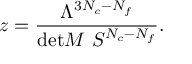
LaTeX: z = \frac { \Lambda ^ { 3 N _ { c } - N _ { f } } } { \mathrm { d e t } M \ S ^ { N _ { c } - N _ { f } } } .